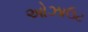
ઓઝાઉટ